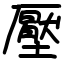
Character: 壓